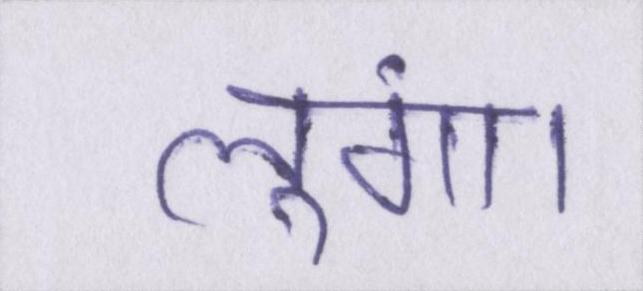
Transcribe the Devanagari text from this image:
लूंगा।